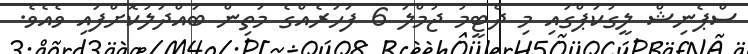
ސްޕެނިޝް ލީގުކަޕްގައި މި ދެޓީމު ޖުމްލަ 6 ފަހަރެއްގެ މަތިން ބައްދަލުކޮށްފައި ވެއެވެ.